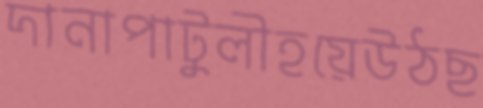
দানাপাটুলীহয়েউঠছ